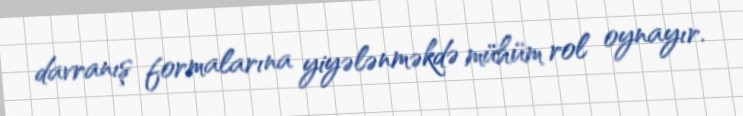
davranış formalarına yiyələnməkdə mühüm rol oynayır.